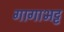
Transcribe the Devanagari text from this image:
गागाभट्ट